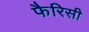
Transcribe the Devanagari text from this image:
फैरिसी